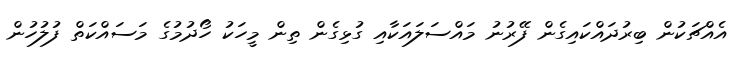
އެއްޗަކުން ބިރުދައްކައިގެން ފޭރުނު މައްސަލައަކާއި ގުޅިގެން ތިން މީހަކު ހޯދުމުގެ މަސައްކަތް ފުލުހުން